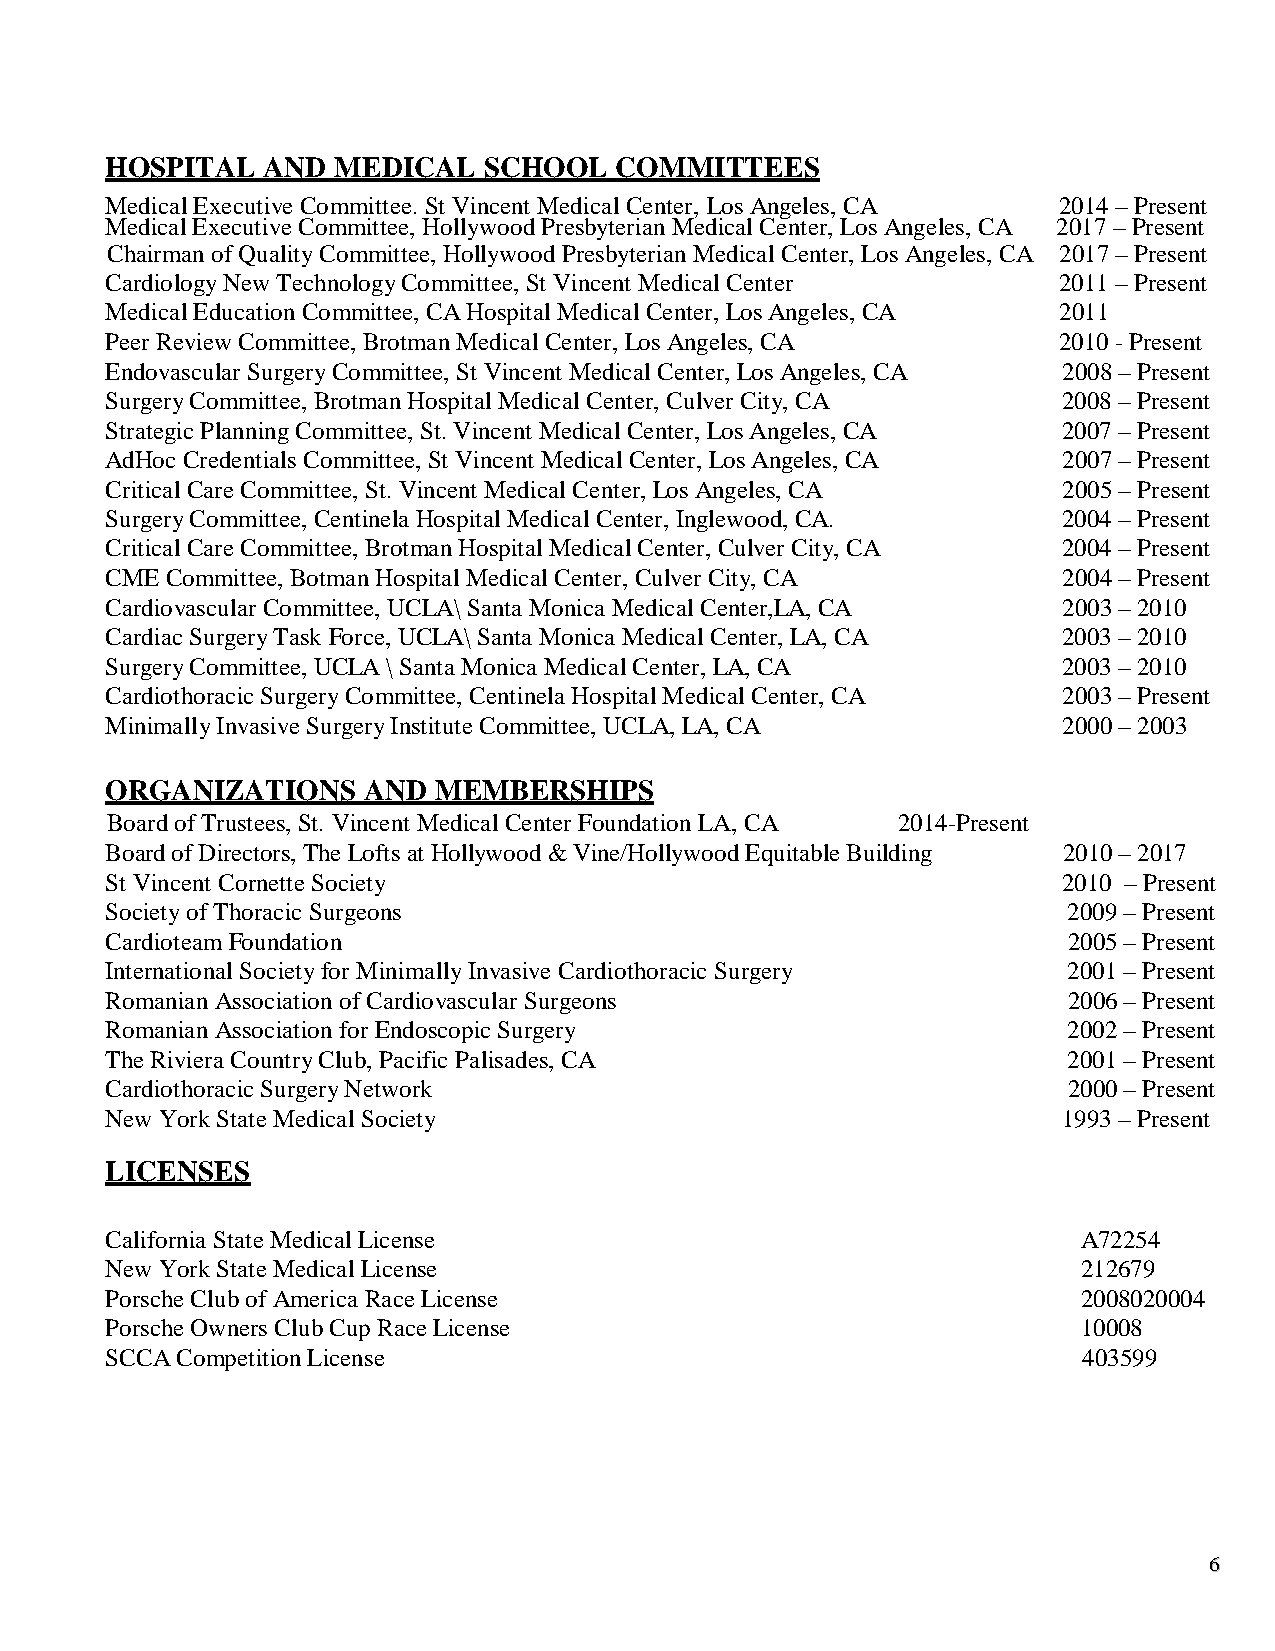
HOSPITAL  AND  MEDICAL   SCHOOL   COMMITTEES
 Medical Executive Committee. St Vincent Medical Center, Los Angeles, CA 2014 – Present
 Medical Executive Committee, Hollywood Presbyterian Medical Center, Los Angeles, CA 2017 – Present
 Chairman of Quality Committee, Hollywood Presbyterian Medical Center, Los Angeles, CA 2017 – Present
 Cardiology New Technology Committee, St Vincent Medical Center 2011 – Present
 Medical Education Committee, CA Hospital Medical Center, Los Angeles, CA 2011
 Peer Review Committee, Brotman Medical Center, Los Angeles, CA 2010 - Present
 Endovascular Surgery Committee, St Vincent Medical Center, Los Angeles, CA 2008 – Present
 Surgery Committee, Brotman Hospital Medical Center, Culver City, CA 2008 – Present
 Strategic Planning Committee, St. Vincent Medical Center, Los Angeles, CA 2007 – Present
 AdHoc Credentials Committee, St Vincent Medical Center, Los Angeles, CA 2007 – Present
 Critical Care Committee, St. Vincent Medical Center, Los Angeles, CA 2005 – Present
 Surgery Committee, Centinela Hospital Medical Center, Inglewood, CA. 2004 – Present
 Critical Care Committee, Brotman Hospital Medical Center, Culver City, CA 2004 – Present
 CME Committee, Botman Hospital Medical Center, Culver City, CA 2004 – Present
 Cardiovascular Committee, UCLA\ Santa Monica Medical Center,LA, CA 2003 – 2010
 Cardiac Surgery Task Force, UCLA\ Santa Monica Medical Center, LA, CA 2003 – 2010
 Surgery Committee, UCLA \ Santa Monica Medical Center, LA, CA  2003 – 2010
 Cardiothoracic Surgery Committee, Centinela Hospital Medical Center, CA 2003 – Present
 Minimally Invasive Surgery Institute Committee, UCLA, LA, CA   2000 – 2003
 ORGANIZATIONS    AND  MEMBERSHIPS
 Board of Trustees, St. Vincent Medical Center Foundation LA, CA 2014-Present
 Board of Directors, The Lofts at Hollywood & Vine/Hollywood Equitable Building 2010 – 2017
 St Vincent Cornette Society                                    2010 – Present
 Society of Thoracic Surgeons                                    2009 – Present
 Cardioteam Foundation                                           2005 – Present
 International Society for Minimally Invasive Cardiothoracic Surgery 2001 – Present
 Romanian Association of Cardiovascular Surgeons                 2006 – Present
 Romanian Association for Endoscopic Surgery                     2002 – Present
 The Riviera Country Club, Pacific Palisades, CA                 2001 – Present
 Cardiothoracic Surgery Network                                  2000 – Present
 New York State Medical Society                                 1993 – Present
 LICENSES
 California State Medical License                                 A72254
 New York State Medical License                                   212679
 Porsche Club of America Race License                             2008020004
 Porsche Owners Club Cup Race License                             10008
 SCCA Competition License                                         403599
 66